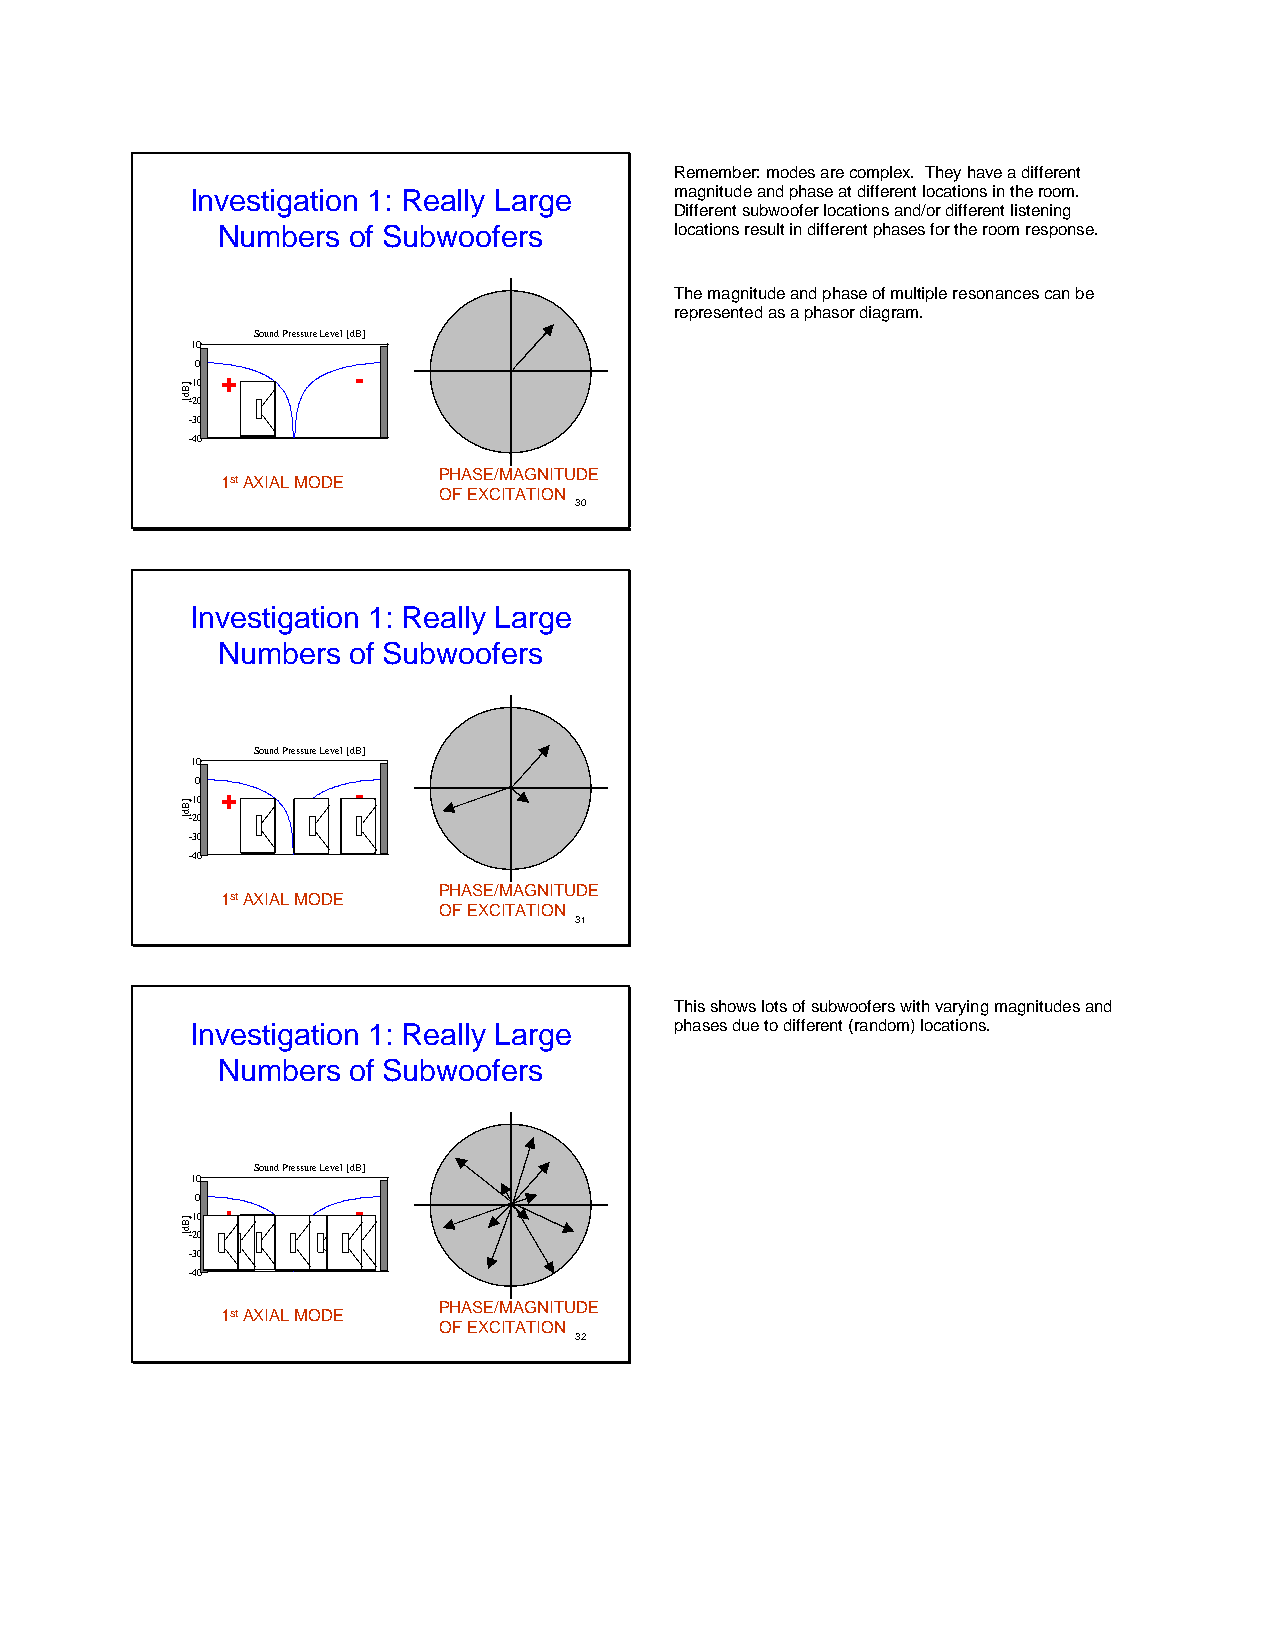
Remember: modes are complex. They have a different
 Investigation 1: Really Large   magnitude and phase at different locations in the room.
 Different subwoofer locations and/or different listening
 Numbers  of Subwoofers         locations result in different phases for the room response.
 The magnitude and phase of multiple resonances can be
 represented as a phasor diagram.
 Sound Pressure Level [dB]
 10
 0 +
 +       -
 -10
 -20
 -30
 -40
 PHASE/MAGNITUDE
 1stAXIAL MODE
 OF EXCITATION
 30
 Investigation 1: Really Large
 Numbers  of Subwoofers
 Sound Pressure Level [dB]
 10
 0 +
 +       -
 -10
 -20
 -30
 -40
 PHASE/MAGNITUDE
 1stAXIAL MODE
 OF EXCITATION
 31
 This shows lots of subwoofers with varying magnitudes and
 Investigation 1: Really Large   phases due to different (random) locations.
 Numbers  of Subwoofers
 Sound Pressure Level [dB]
 10
 0 +
 +       -
 -10
 -20
 -30
 -40
 PHASE/MAGNITUDE
 1stAXIAL MODE
 OF EXCITATION
 32
 ]Bd[
 ]Bd[
 ]Bd[